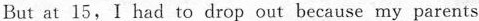
But at 15, I had to drop out because my parents